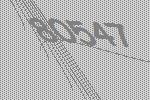
80547